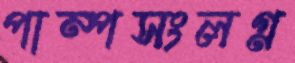
পাম্পসংলগ্ন